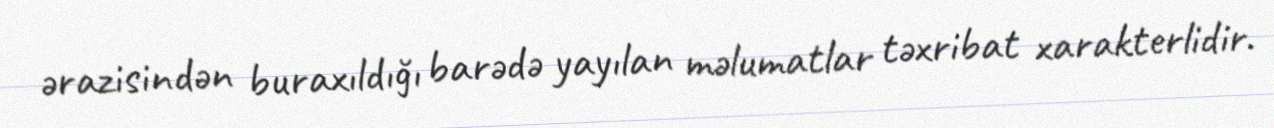
ərazisindən buraxıldığı barədə yayılan məlumatlar təxribat xarakterlidir.